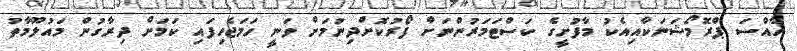
ހާއްސަ ޕްރޮމޯޝަނަކާއިއެކު މާފުށީގެ ކަސްޓަމަރުންނަށް ފޯރުކޮށްދިނުމަށް ވަނީ ހަމަޖެހިފައި ކަމަށް ދިރާގުން މައުލޫމާތު